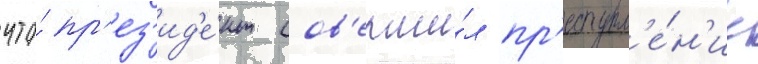
что́ пр'ез'ид'е́нт сов'ерши́л пр'еступл'е́н'ие